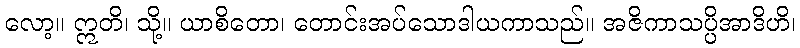
လော့။ ဣတိ၊ သို့။ ယာစိတော၊ တောင်းအပ်သောဒါယကာသည်။ အဇိကာသပ္ပိအာဒိဟိ၊